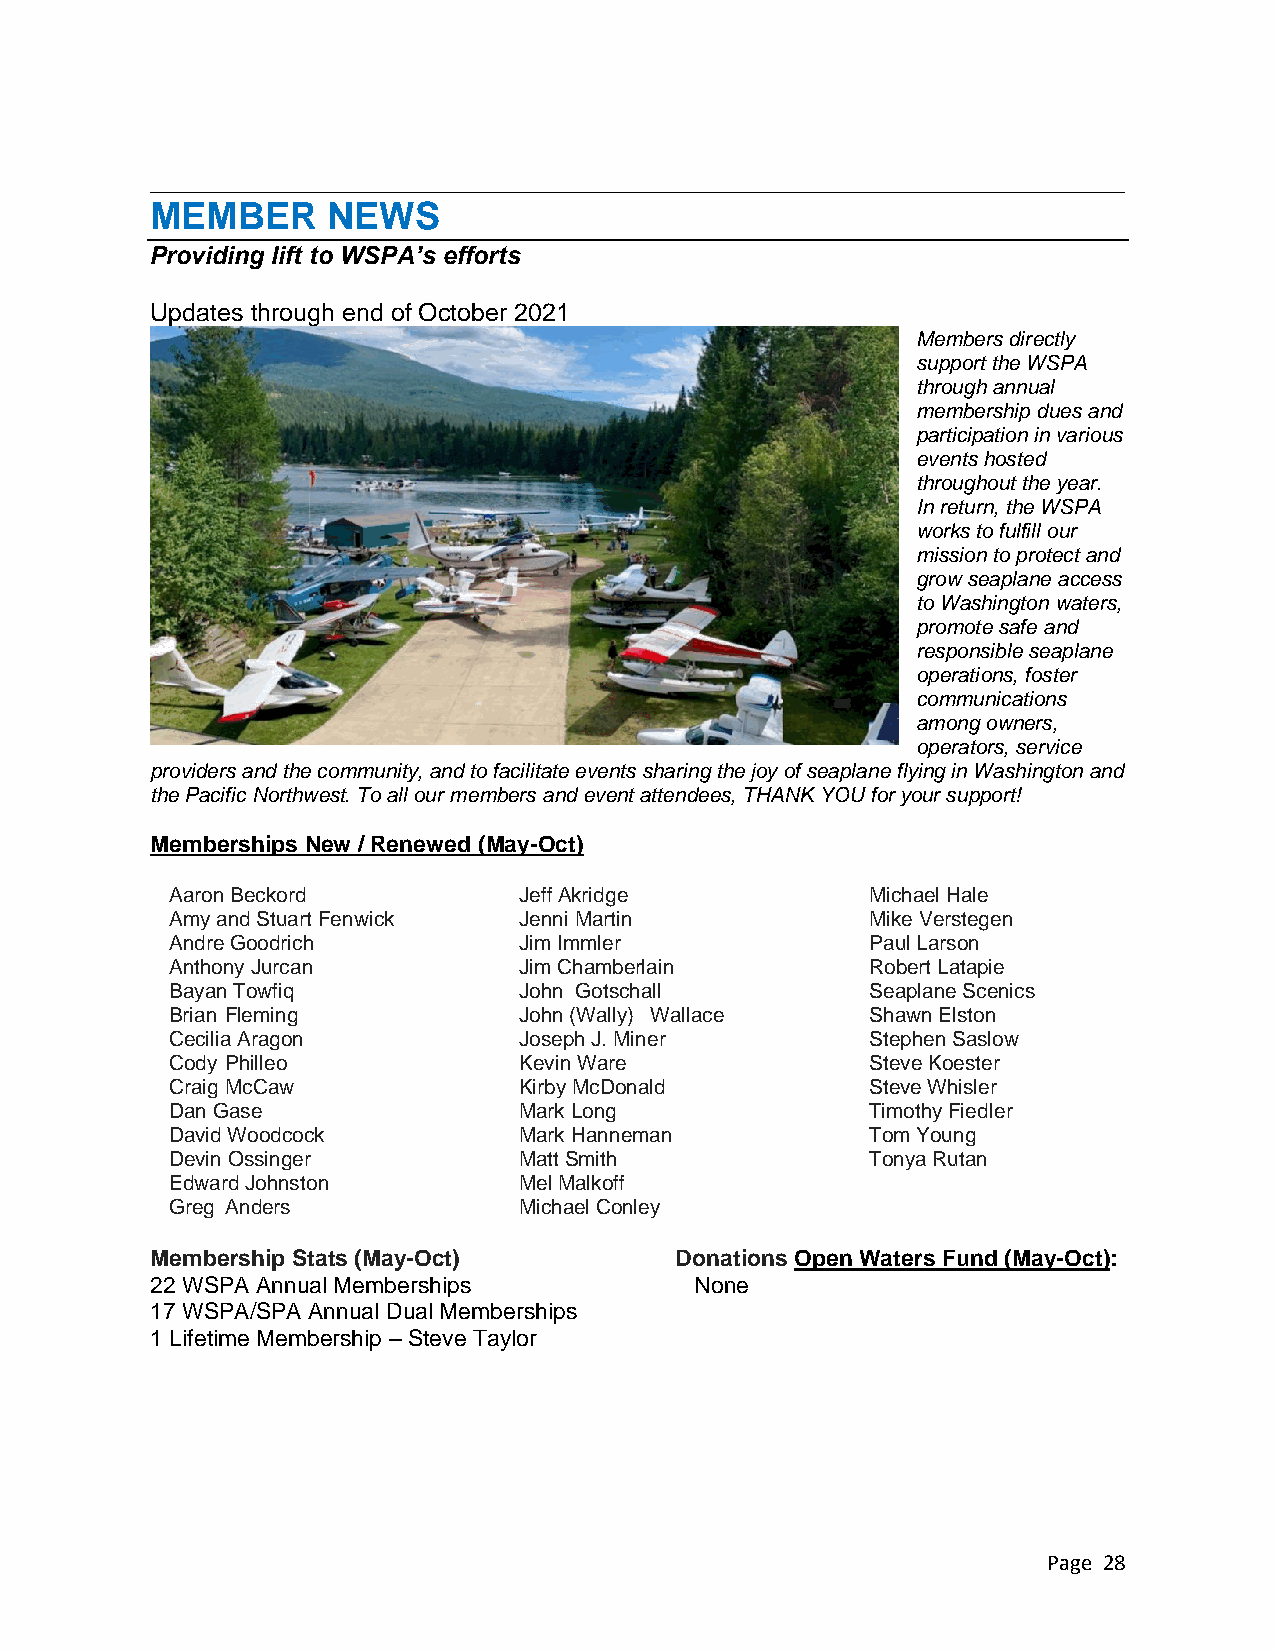
MEMBER      NEWS
 Providing lift to WSPA’s efforts
 Updates through end of October 2021
 Members directly
 support the WSPA
 through annual
 membership dues and
 participation in various
 events hosted
 throughout the year.
 In return, the WSPA
 works to fulfill our
 mission to protect and
 grow seaplane access
 to Washington waters,
 promote safe and
 responsible seaplane
 operations, foster
 communications
 among owners,
 operators, service
 providers and the community, and to facilitate events sharing the joy of seaplane flying in Washington and
 the Pacific Northwest. To all our members and event attendees, THANK YOU for your support!
 Memberships New / Renewed (May-Oct)
 Aaron Beckord          Jeff Akridge            Michael Hale
 Amy and Stuart Fenwick Jenni Martin            Mike Verstegen
 Andre Goodrich         Jim Immler              Paul Larson
 Anthony Jurcan         Jim Chamberlain         Robert Latapie
 Bayan Towfiq           John Gotschall          Seaplane Scenics
 Brian Fleming          John (Wally) Wallace    Shawn Elston
 Cecilia Aragon         Joseph J. Miner         Stephen Saslow
 Cody Philleo           Kevin Ware              Steve Koester
 Craig McCaw            Kirby McDonald          Steve Whisler
 Dan Gase               Mark Long               Timothy Fiedler
 David Woodcock         Mark Hanneman           Tom Young
 Devin Ossinger         Matt Smith              Tonya Rutan
 Edward Johnston        Mel Malkoff
 Greg Anders            Michael Conley
 Membership Stats (May-Oct)         Donations Open Waters Fund (May-Oct):
 22 WSPA Annual Memberships          None
 17 WSPA/SPA Annual Dual Memberships
 1 Lifetime Membership – Steve Taylor
 Page 28